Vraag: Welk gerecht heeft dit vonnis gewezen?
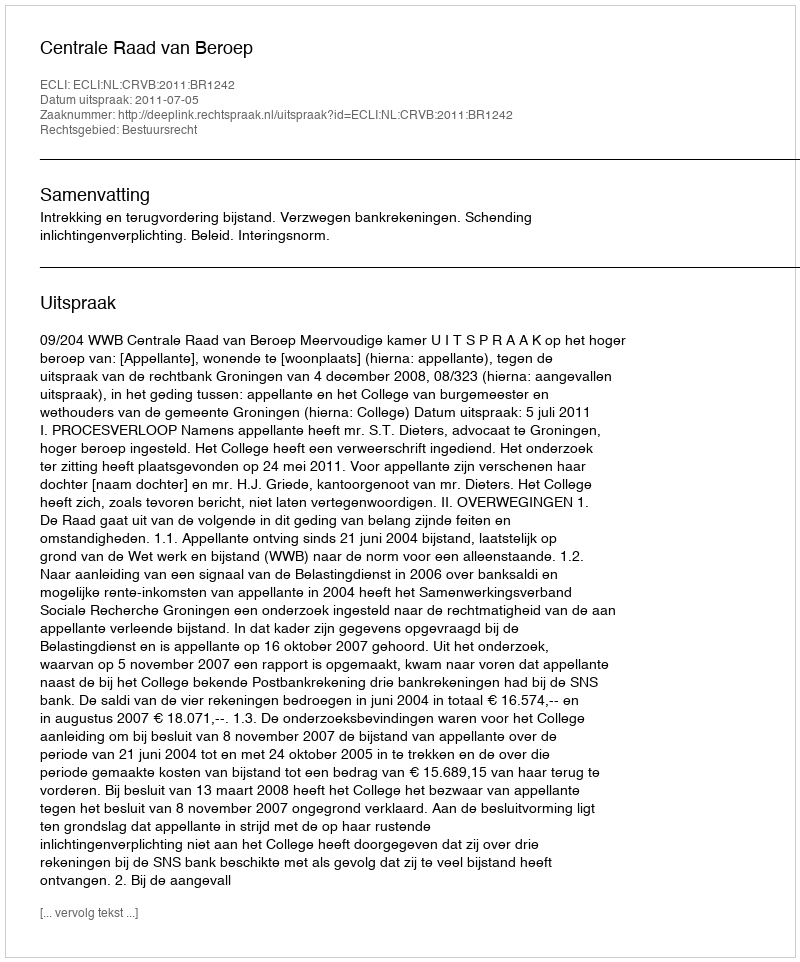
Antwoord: Centrale Raad van Beroep